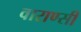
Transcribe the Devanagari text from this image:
वाराण्सी